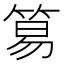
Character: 𥮬